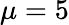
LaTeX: \mu=5